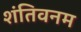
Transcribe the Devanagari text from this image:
शंतिवनम